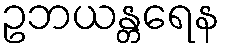
ဥဘယန္တရေန